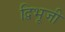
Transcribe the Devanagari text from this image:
द्विभूजी